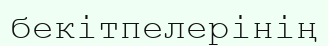
бекітпелерінің